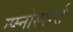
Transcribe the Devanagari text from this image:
ग्य्म्नोस्पेर्म्स